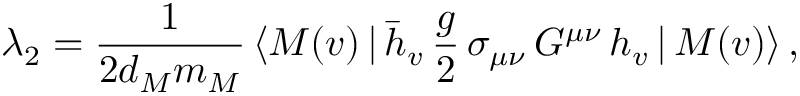
\lambda _ { 2 } = { \frac { 1 } { 2 d _ { M } m _ { M } } } \, \langle M ( v ) \, | \, \bar { h } _ { v } \, { \frac { g } { 2 } } \, \sigma _ { \mu \nu } \, G ^ { \mu \nu } \, h _ { v } \, | \, M ( v ) \rangle \, ,